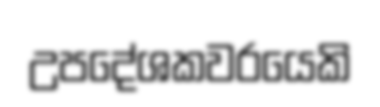
උපදේශකවරයෙකි